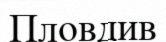
Пловдив